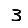
Digit: 3